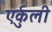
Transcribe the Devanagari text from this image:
एर्कुली